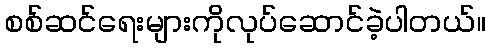
စစ်ဆင်ရေးများကိုလုပ်ဆောင်ခဲ့ပါတယ်။